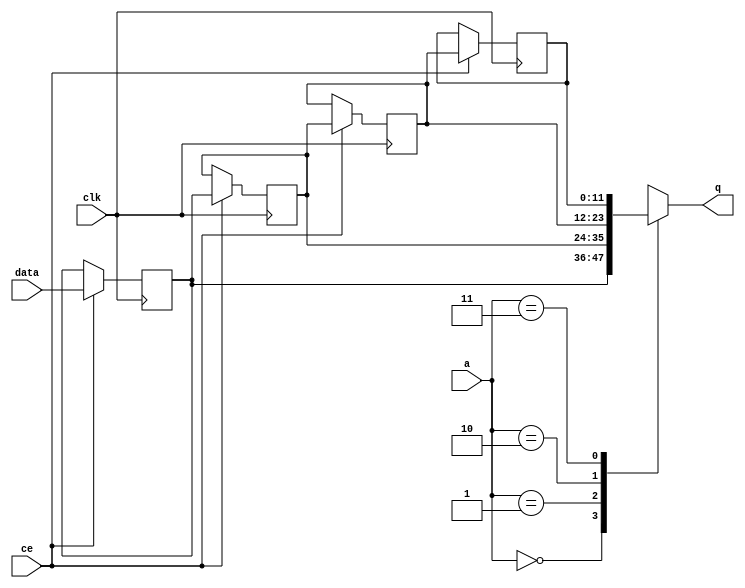
module fifo_w12_d3_A_shiftReg (
    clk,
    data,
    ce,
    a,
    q);

parameter DATA_WIDTH = 32'd12;
parameter ADDR_WIDTH = 32'd2;
parameter DEPTH = 32'd4;

input clk;
input [DATA_WIDTH-1:0] data;
input ce;
input [ADDR_WIDTH-1:0] a;
output [DATA_WIDTH-1:0] q;

reg[DATA_WIDTH-1:0] SRL_SIG [0:DEPTH-1];
integer i;

always @ (posedge clk)
    begin
        if (ce)
        begin
            for (i=0;i<DEPTH-1;i=i+1)
                SRL_SIG[i+1] <= SRL_SIG[i];
            SRL_SIG[0] <= data;
        end
    end

assign q = SRL_SIG[a];

endmodule